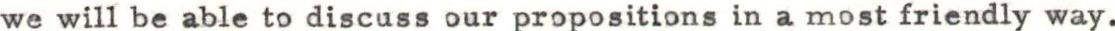
we will be able to discuss our propositions in a most friendly way.